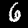
Digit: 6